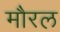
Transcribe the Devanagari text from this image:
मौरल